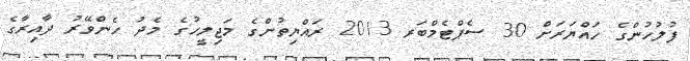
ފުލުހުންގެ ހައްޔަރަށް 30 ސެޕްޓެމްބަރ 2013 ރައްޔިތުންގެ މަޖިލީހުގެ މެދު ހެންވޭރު ދާއިރާގެ